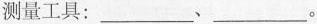
测量工具：___﹑___。